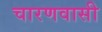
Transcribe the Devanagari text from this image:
चारणवासी